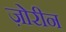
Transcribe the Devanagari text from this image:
ज़ोरीन